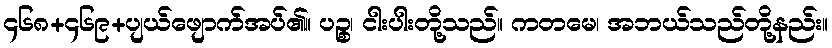
၄၆၈+၄၆၉+ပျယ်ဖျောက်အပ်၏။ ပဉ္စ၊ ငါးပါးတို့သည်။ ကတမေ၊ အဘယ်သည်တို့နည်း။